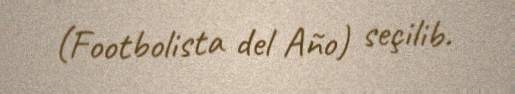
(Footbolista del Año) seçilib.